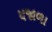
ધજાળા